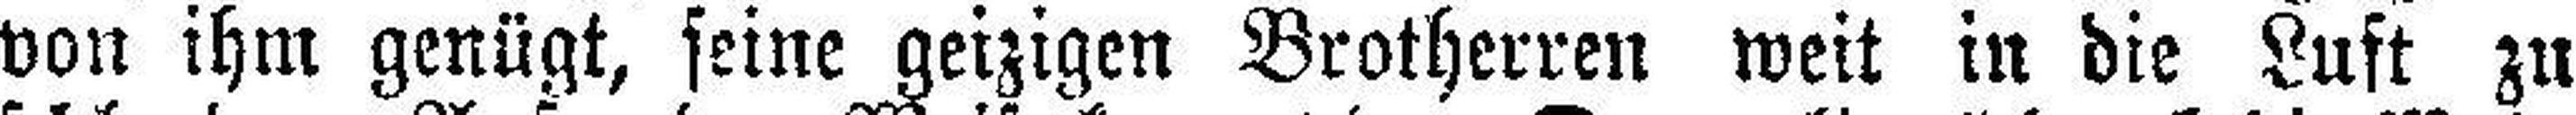
von ihm genügt, seine geizigen Brotherren weit in die Luft zu